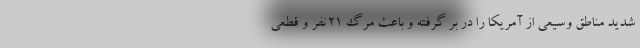
شدید مناطق وسیعی از آمریکا را در بر گرفته و باعث مرگ ۲۱ نفر و قطعی